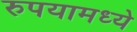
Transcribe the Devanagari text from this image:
रुपयामध्ये